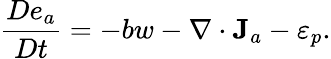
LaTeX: \frac{De_{a}}{Dt}=-bw-\nabla\cdot{\mathbf J}_{a}-\varepsilon_{p}.